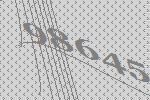
98645